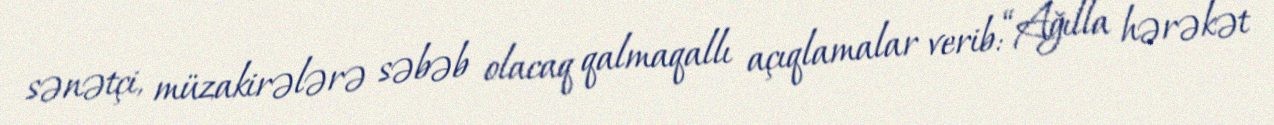
sənətçi, müzakirələrə səbəb olacaq qalmaqallı açıqlamalar verib: “Ağılla hərəkət